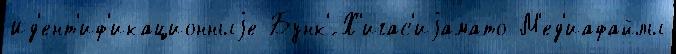
Ид'ент'иф'икационныjе Бунк'́ Х'игас'иjамато М'ед'иафайлы